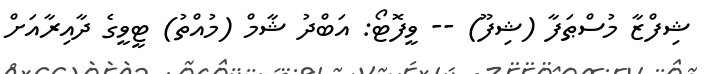
ޝިފްޒާ މުސްޠަފާ (ޝިފޫ) -- ވީފޮޓޯ: އަބްދު ޝާމް (މުއްތު) ޓީވީގެ ދާއިރާއަށް